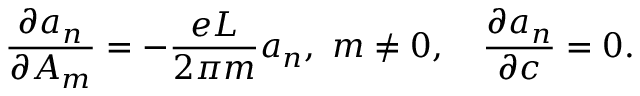
\frac { \partial a _ { n } } { \partial A _ { m } } = - \frac { e L } { 2 \pi m } a _ { n } , \ m \neq 0 , \quad \frac { \partial a _ { n } } { \partial c } = 0 .